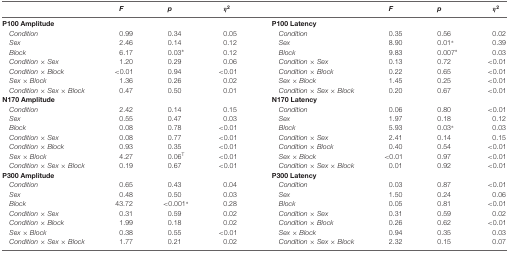
<table><thead><tr><td></td><td><b><i>F</i></b></td><td><b><i>p</i></b></td><td><b><i>η</i><sup>2</sup></b></td><td></td><td><b><i>F</i></b></td><td><b><i>p</i></b></td><td><b><i>η</i><sup>2</sup></b></td></tr></thead><tbody><tr><td><b>P100 Amplitude</b></td><td></td><td></td><td></td><td><b>P100 Latency</b></td><td></td><td></td><td></td></tr><tr><td><i>Condition</i></td><td>0.99</td><td>0.34</td><td>0.05</td><td><i>Condition</i></td><td>0.35</td><td>0.56</td><td>0.02</td></tr><tr><td><i>Sex</i></td><td>2.46</td><td>0.14</td><td>0.12</td><td><i>Sex</i></td><td>8.90</td><td>0.01*</td><td>0.39</td></tr><tr><td><i>Block</i></td><td>6.17</td><td>0.03*</td><td>0.12</td><td><i>Block</i></td><td>9.83</td><td>0.007*</td><td>0.03</td></tr><tr><td><i>Condition × Sex</i></td><td>1.20</td><td>0.29</td><td>0.06</td><td><i>Condition × Sex</i></td><td>0.13</td><td>0.72</td><td>&lt;0.01</td></tr><tr><td><i>Condition × Block</i></td><td>&lt;0.01</td><td>0.94</td><td>&lt;0.01</td><td><i>Condition × Block</i></td><td>0.22</td><td>0.65</td><td>&lt;0.01</td></tr><tr><td><i>Sex × Block</i></td><td>1.36</td><td>0.26</td><td>0.02</td><td><i>Sex × Block</i></td><td>1.45</td><td>0.25</td><td>&lt;0.01</td></tr><tr><td><i>Condition × Sex × Block</i></td><td>0.47</td><td>0.50</td><td>0.01</td><td><i>Condition × Sex × Block</i></td><td>0.20</td><td>0.67</td><td>&lt;0.01</td></tr><tr><td><b>N170 Amplitude</b></td><td></td><td></td><td></td><td><b>N170 Latency</b></td><td></td><td></td><td></td></tr><tr><td><i>Condition</i></td><td>2.42</td><td>0.14</td><td>0.15</td><td><i>Condition</i></td><td>0.06</td><td>0.80</td><td>&lt;0.01</td></tr><tr><td><i>Sex</i></td><td>0.55</td><td>0.47</td><td>0.03</td><td><i>Sex</i></td><td>1.97</td><td>0.18</td><td>0.12</td></tr><tr><td><i>Block</i></td><td>0.08</td><td>0.78</td><td>&lt;0.01</td><td><i>Block</i></td><td>5.93</td><td>0.03*</td><td>0.03</td></tr><tr><td><i>Condition × Sex</i></td><td>0.08</td><td>0.77</td><td>&lt;0.01</td><td><i>Condition × Sex</i></td><td>2.41</td><td>0.14</td><td>0.15</td></tr><tr><td><i>Condition × Block</i></td><td>0.93</td><td>0.35</td><td>&lt;0.01</td><td><i>Condition × Block</i></td><td>0.40</td><td>0.54</td><td>&lt;0.01</td></tr><tr><td><i>Sex × Block</i></td><td>4.27</td><td>0.06<sup>T</sup></td><td>&lt;0.01</td><td><i>Sex × Block</i></td><td>&lt;0.01</td><td>0.97</td><td>&lt;0.01</td></tr><tr><td><i>Condition × Sex × Block</i></td><td>0.19</td><td>0.67</td><td>&lt;0.01</td><td><i>Condition × Sex × Block</i></td><td>0.01</td><td>0.92</td><td>&lt;0.01</td></tr><tr><td><b>P300 Amplitude</b></td><td></td><td></td><td></td><td><b>P300 Latency</b></td><td></td><td></td><td></td></tr><tr><td><i>Condition</i></td><td>0.65</td><td>0.43</td><td>0.04</td><td><i>Condition</i></td><td>0.03</td><td>0.87</td><td>&lt;0.01</td></tr><tr><td><i>Sex</i></td><td>0.48</td><td>0.50</td><td>0.03</td><td><i>Sex</i></td><td>1.50</td><td>0.24</td><td>0.06</td></tr><tr><td><i>Block</i></td><td>43.72</td><td>&lt;0.001*</td><td>0.28</td><td><i>Block</i></td><td>0.05</td><td>0.81</td><td>&lt;0.01</td></tr><tr><td><i>Condition × Sex</i></td><td>0.31</td><td>0.59</td><td>0.02</td><td><i>Condition × Sex</i></td><td>0.31</td><td>0.59</td><td>0.02</td></tr><tr><td><i>Condition × Block</i></td><td>1.99</td><td>0.18</td><td>0.02</td><td><i>Condition × Block</i></td><td>0.26</td><td>0.62</td><td>&lt;0.01</td></tr><tr><td><i>Sex × Block</i></td><td>0.38</td><td>0.55</td><td>&lt;0.01</td><td><i>Sex × Block</i></td><td>0.94</td><td>0.35</td><td>0.03</td></tr><tr><td><i>Condition × Sex × Block</i></td><td>1.77</td><td>0.21</td><td>0.02</td><td><i>Condition × Sex × Block</i></td><td>2.32</td><td>0.15</td><td>0.07</td></tr></tbody></table>